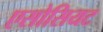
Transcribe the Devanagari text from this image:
एसोसियट